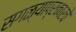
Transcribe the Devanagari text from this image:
सगळ्याप्रकारचे